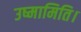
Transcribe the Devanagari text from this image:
उष्मामिति।